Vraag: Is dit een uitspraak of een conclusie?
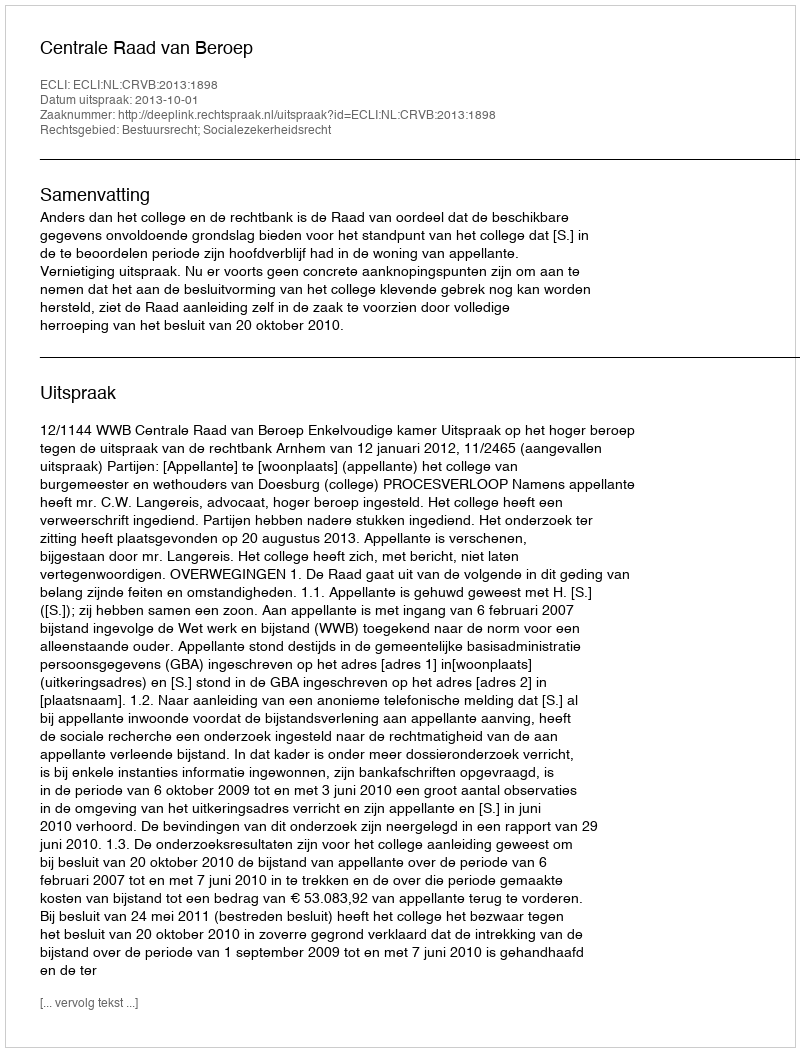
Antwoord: Uitspraak